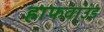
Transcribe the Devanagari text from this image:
हाफवाउंड